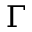
\Gamma